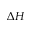
\Delta H